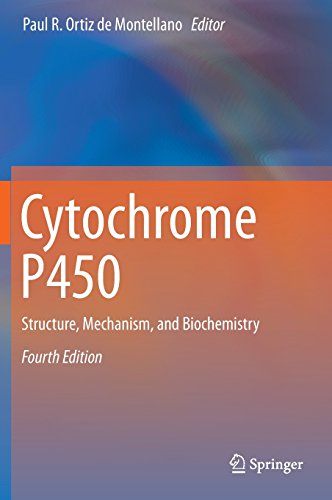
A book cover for Cytochrome P450: Structure, Mechanism, and Biochemistry; Medical Books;